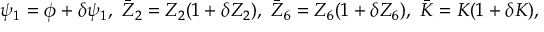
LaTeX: \psi _ { 1 } = \phi + \delta \psi _ { 1 } , \ \bar { Z } _ { 2 } = Z _ { 2 } ( 1 + \delta Z _ { 2 } ) , \ \bar { Z } _ { 6 } = Z _ { 6 } ( 1 + \delta Z _ { 6 } ) , \ \bar { K } = K ( 1 + \delta K ) ,